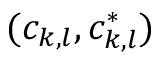
( c _ { k , l } , c _ { k , l } ^ { * } )